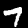
Digit: 7